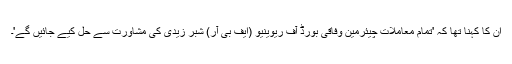
ان کا کہنا تھا کہ 'تمام معاملات چیئرمین وفاقی بورڈ آف ریوینیو (ایف بی آر) شبر زیدی کی مشاورت سے حل کیے جائیں گے'۔